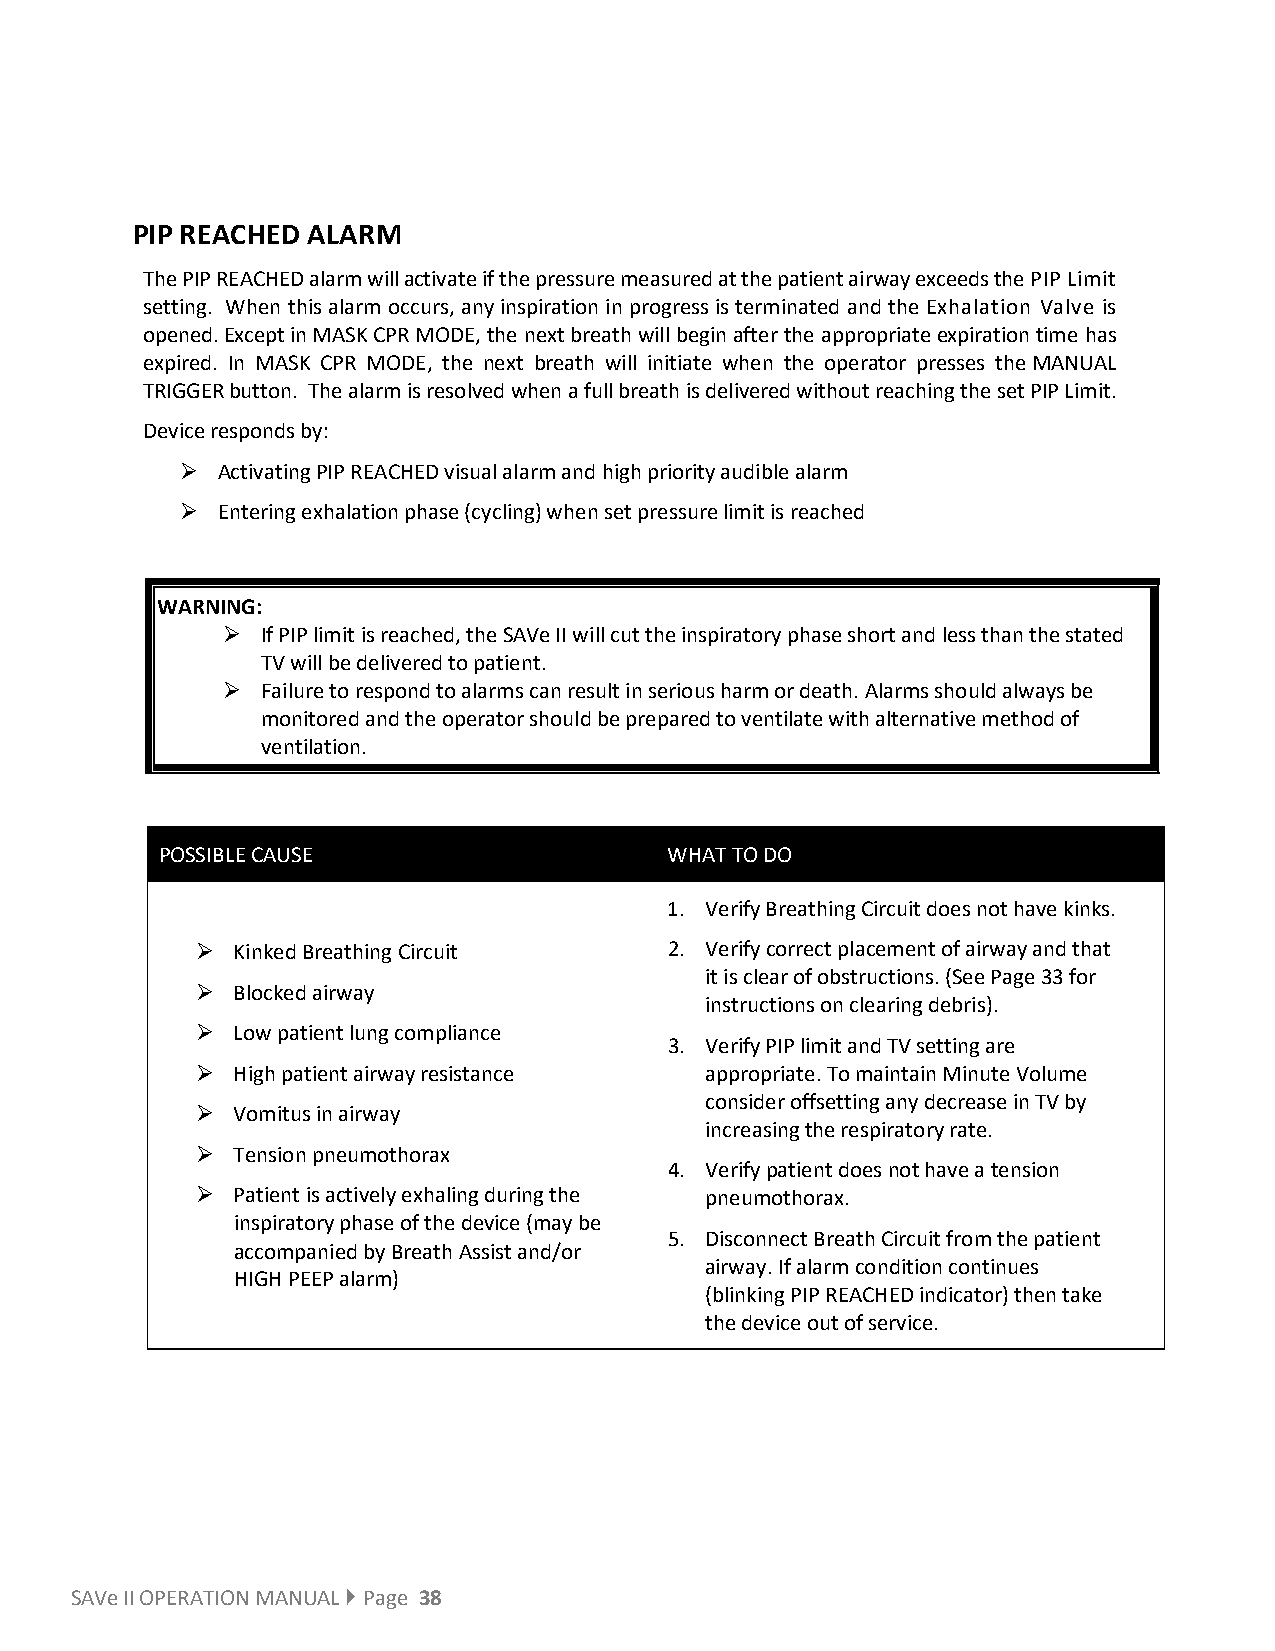
PIP REACHED ALARM
 The PIP REACHED alarm will activate if the pressure measured at the patient airway exceeds the PIP Limit
 setting. When this alarm occurs, any inspiration in progress is terminated and the Exhalation Valve is
 opened. Except in MASK CPR MODE, the next breath will begin after the appropriate expiration time has
 expired. In MASK CPR MODE, the next breath will initiate when the operator presses the MANUAL
 TRIGGER button. The alarm is resolved when a full breath is delivered without reaching the set PIP Limit.
 Device responds by:
  Activating PIP REACHED visual alarm and high priority audible alarm
  Entering exhalation phase (cycling) when set pressure limit is reached
 WARNING:
  If PIP limit is reached, the SAVe II will cut the inspiratory phase short and less than the stated
 TV will be delivered to patient.
  Failure to respond to alarms can result in serious harm or death. Alarms should always be
 monitored and the operator should be prepared to ventilate with alternative method of
 ventilation.
 POSSIBLE CAUSE                    WHAT TO DO
 1. Verify Breathing Circuit does not have kinks.
  Kinked Breathing Circuit     2. Verify correct placement of airway and that
 it is clear of obstructions. (See Page 33 for
  Blocked airway
 instructions on clearing debris).
  Low patient lung compliance
 3. Verify PIP limit and TV setting are
  High patient airway resistance  appropriate. To maintain Minute Volume
 consider offsetting any decrease in TV by
  Vomitus in airway
 increasing the respiratory rate.
  Tension pneumothorax
 4. Verify patient does not have a tension
  Patient is actively exhaling during the pneumothorax.
 inspiratory phase of the device (may be
 5. Disconnect Breath Circuit from the patient
 accompanied by Breath Assist and/or
 airway. If alarm condition continues
 HIGH PEEP alarm)
 (blinking PIP REACHED indicator) then take
 the device out of service.
 SAVe II OPERATION MANUAL  Page 38